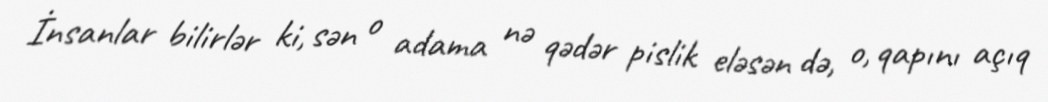
İnsanlar bilirlər ki, sən o adama nə qədər pislik eləsən də, o, qapını açıq